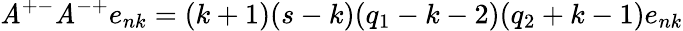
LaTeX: \mathit{A}^{+-}\mathit{A}^{-+}e_{nk}=(k+1)(s-k)(q_{1}-k-2)(q_{2}+k-1)e_{nk}